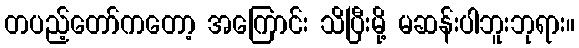
တပည့်တော်ကတော့ အကြောင်း သိပြီးမို့ မဆန်းပါဘူးဘုရား။